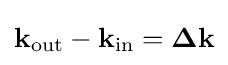
\mathbf {k} _{\mathrm {out} }-\mathbf {k} _{\mathrm {in} }=\mathbf {\Delta k}